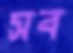
সব